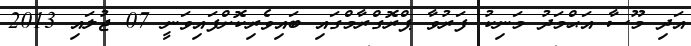
އަދި މޫސާ އަޙްމަދު މަނިކު ފަރުވާ ޕްރޮގްރާމްގައި ބައިވެރިކޮށްފައިވަނީ 07 ޖުލައި 2013